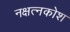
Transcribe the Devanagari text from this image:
नक्षत्नकोश